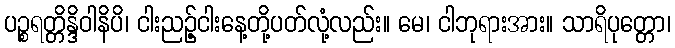
ပဉ္စရတ္တိန္ဒိဝါနိပိ၊ ငါးညဉ့်ငါးနေ့တို့ပတ်လုံ့လည်း။ မေ၊ ငါဘုရားအား။ သာရိပုတ္တော၊